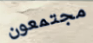
مجتمعون